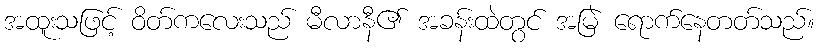
အထူးသဖြင့် ဝိတ်ကလေးသည် မီလာနီ၏ အခန်းထဲတွင် အမြဲ ရောက်နေတတ်သည်။